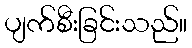
ပျက်စီးခြင်းသည်။